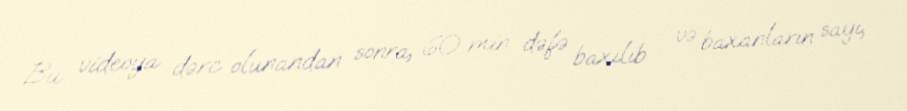
Bu videoya dərc olunandan sonra, 60 min dəfə baxılıb - və baxanların sayı,